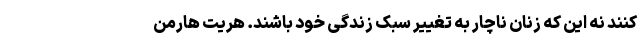
کنند نه این که زنان ناچار به تغییر سبک زندگی خود باشند. هریت هارمن